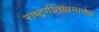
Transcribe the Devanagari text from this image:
राष्ट्रगीतांप्रमाणेच